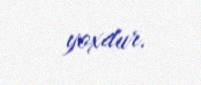
yoxdur.